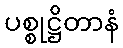
ပစ္စုဋ္ဌိတာနံ